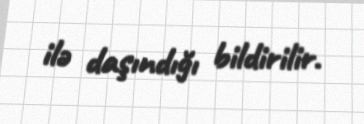
ilə daşındığı bildirilir.